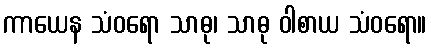
ကာယေန သံဝရော သာဓု၊ သာဓု ဝါစာယ သံဝရော။